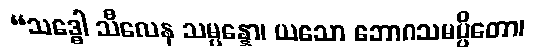
“သဒ္ဓေါ သီလေန သမ္ပန္နော၊ ယသော ဘောဂသမပ္ပိတော၊